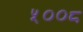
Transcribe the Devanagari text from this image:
५००८